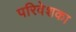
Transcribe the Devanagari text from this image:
परिवेशका